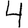
Digit: 4